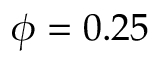
\phi = 0 . 2 5